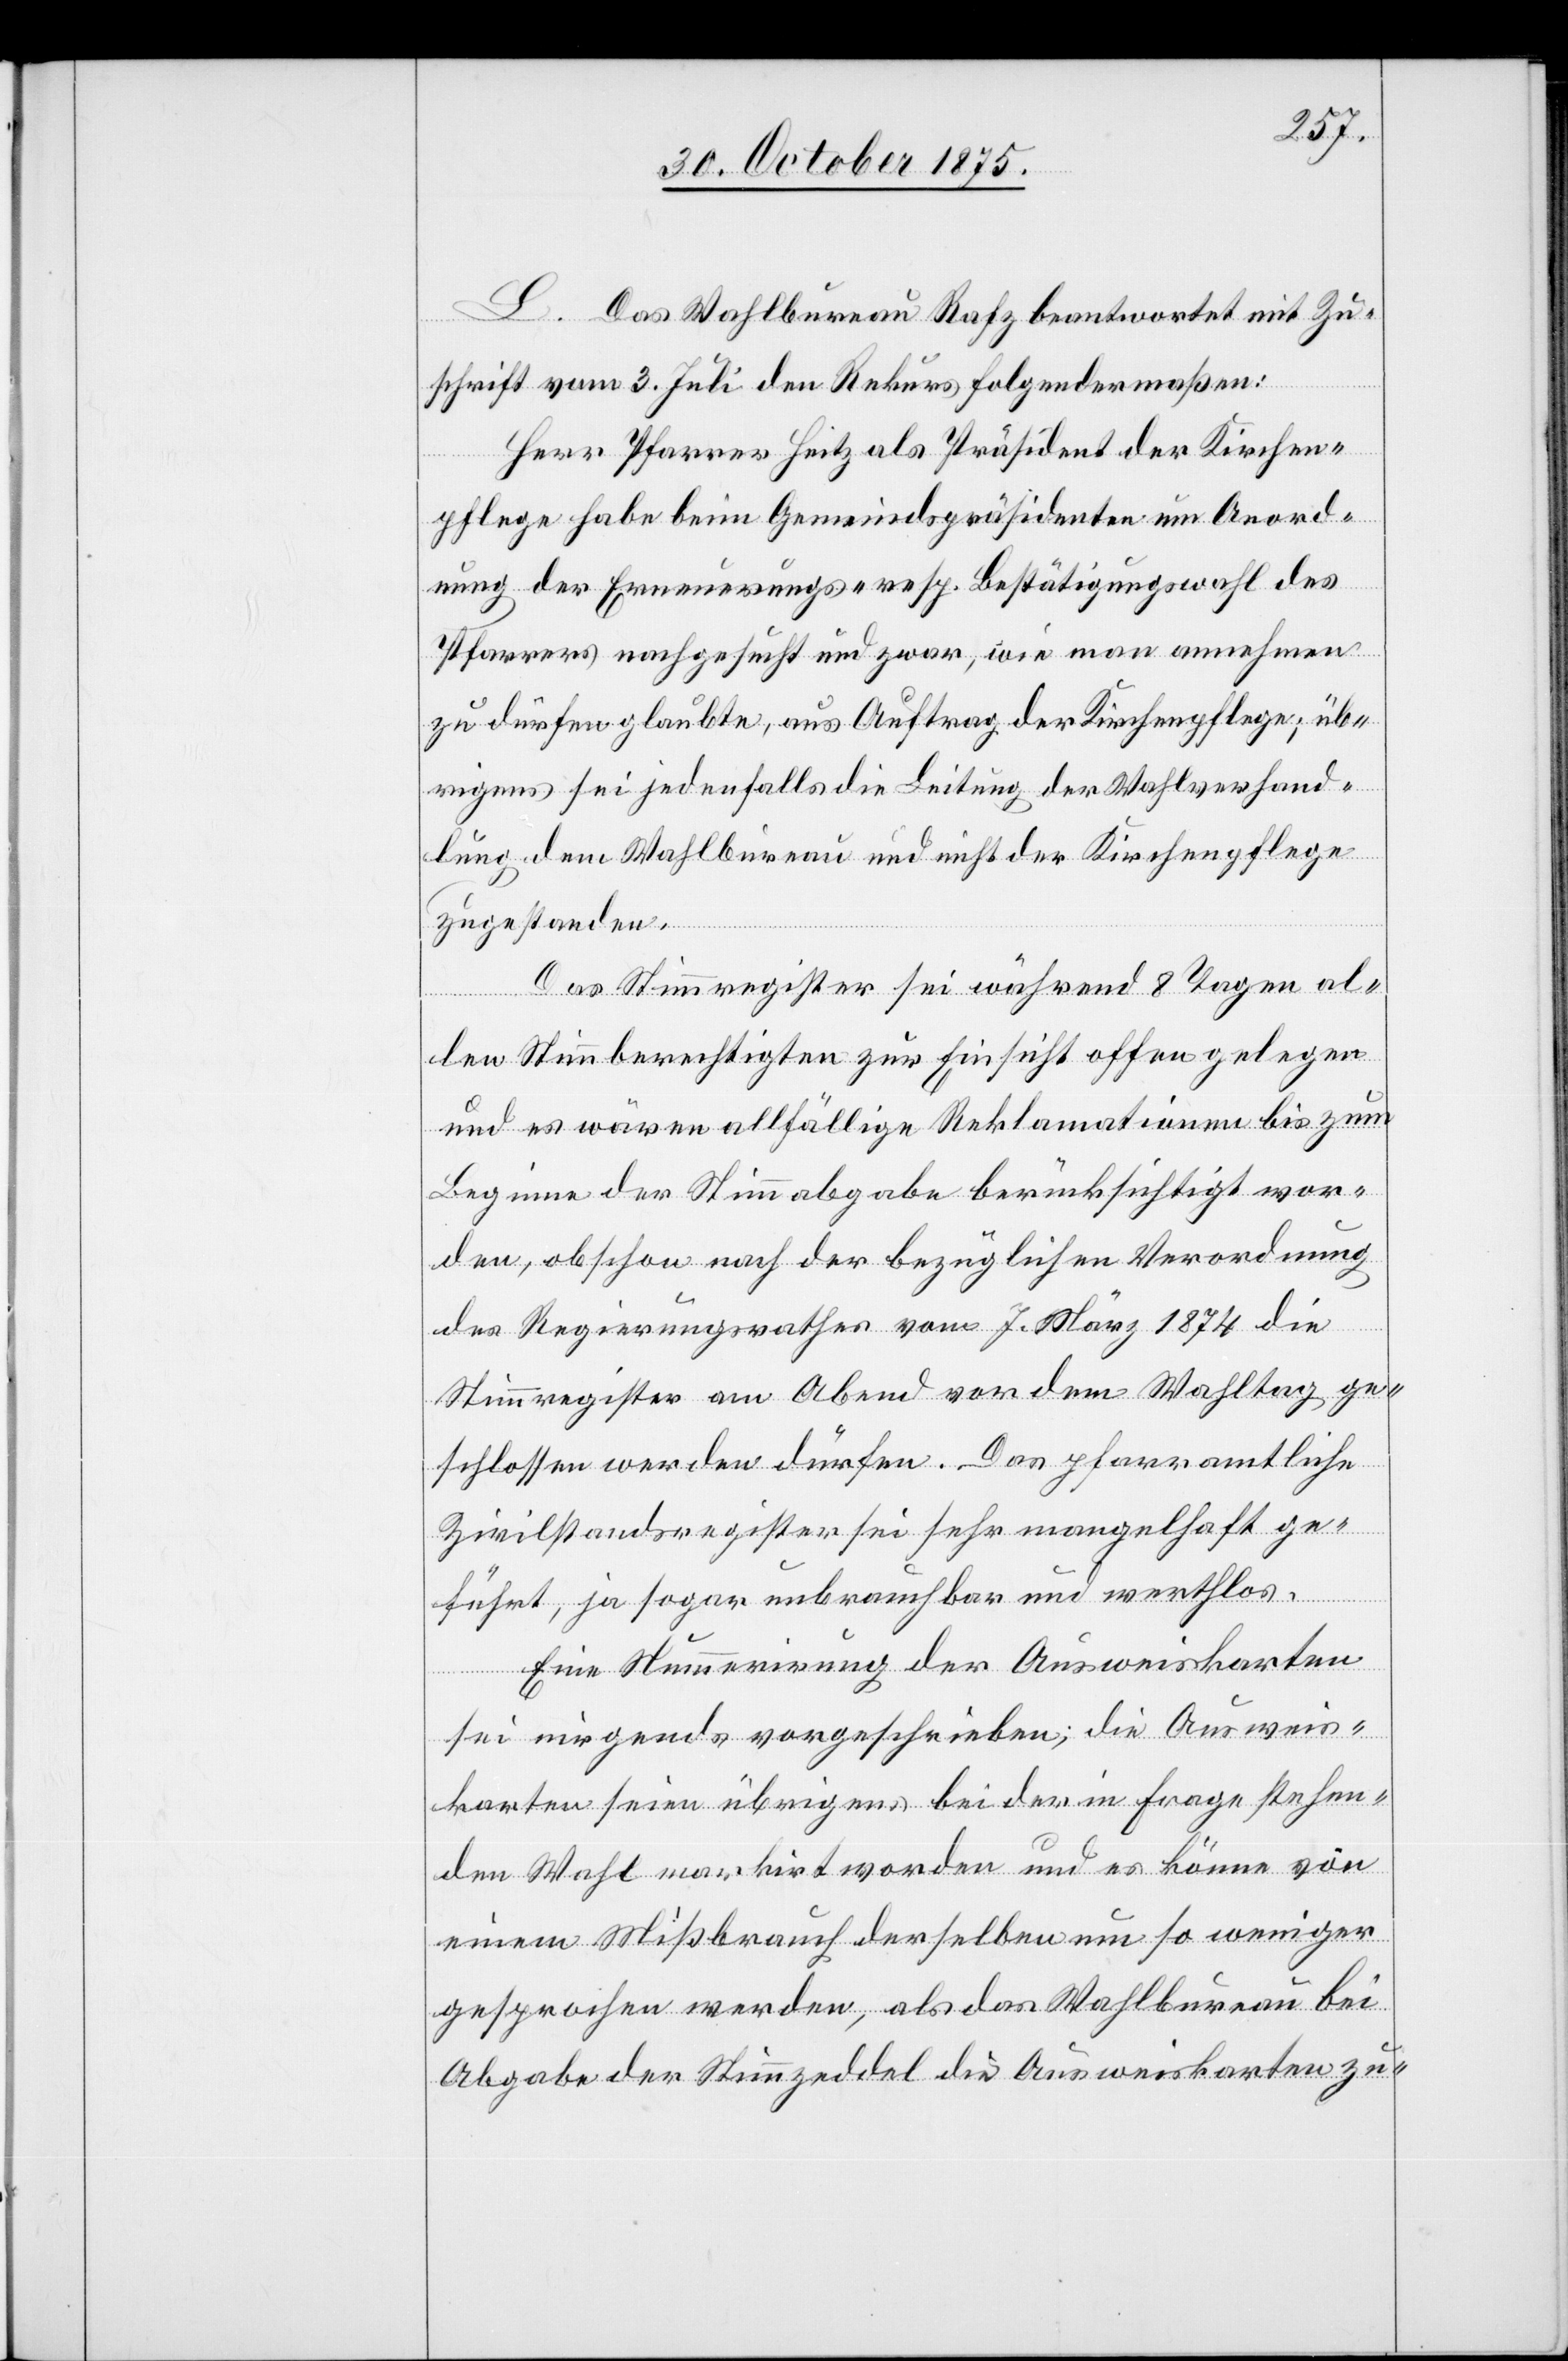
L. Das Wahlbureau Rafz beantwortet mit Zu¬
schrift vom 3. Juli den Rekurs folgendermaßen:
Herr Pfarrer Heitz [sic!] als Präsident der Kirchen¬
pflege habe beim Gemeindspräsidenten um Anord¬
nung der Erneuerungs- resp. Bestätigungswahl des
Pfarrers nachgesucht und zwar, wie man annehmen
zu dürfen glaubte, aus Auftrag der Kirchenpflege; üb¬
rigens sei jedenfalls die Leitung der Wahlverhand¬
lung dem Wahlbureau und nicht der Kirchenpflege
zugestanden.
Das Stimmregister sei während 8 Tagen al¬
len Stimmberechtigten zur Einsicht offen gelegen
und es wären allfällige Reklamationen bis zum
Beginne der Stimmabgabe berücksichtigt wor¬
den, obschon nach der bezüglichen Verordnung
des Regierungsrathes vom 7. März 1874 die
Stimmregister am Abend vor dem Wahltag ge¬
schlossen werden dürfen. Das pfarramtliche
Zivilstandsregister sei sehr mangelhaft ge¬
führt, ja sogar unbrauchbar und werthlos.
Eine Nummerirung der Ausweiskarten
sei nirgends vorgeschrieben; die Ausweis¬
karten seien übrigens bei der in Frage stehen¬
den Wahl markirt worden und es könne von
einem Mißbrauch derselben um so weniger
gesprochen werden, als das Wahlbureau bei
Abgabe der Stimmzeddel die Ausweiskarten zu-